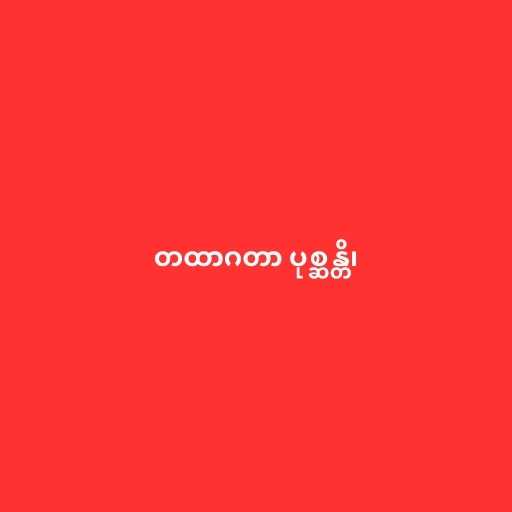
တထာဂတာ ပုစ္ဆန္တိ၊